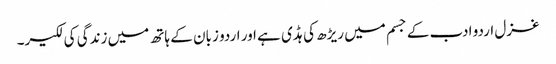
غزل اردو ادب کے جسم میں ریڑھ کی ہڈی ہے اور اردو زبان کے ہاتھ میں زندگی کی لکیر۔